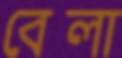
বেলা